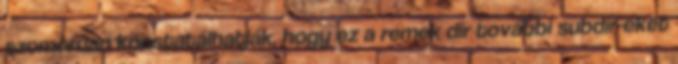
szomorúan konstatálhatják, hogy ez a remek dir további subdir-eket